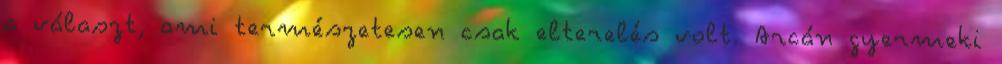
a választ, ami természetesen csak elterelés volt. Arcán gyermeki